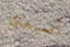
أصبعك